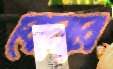
বেনোর